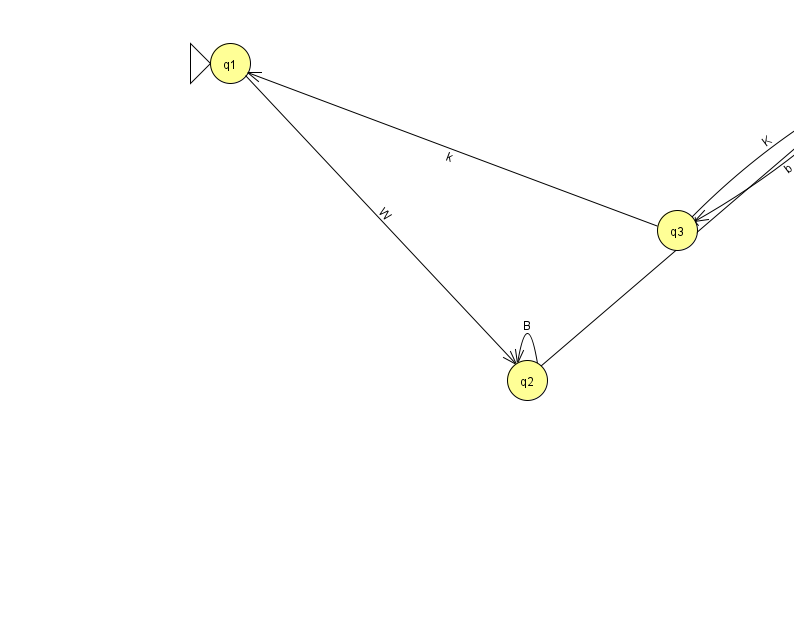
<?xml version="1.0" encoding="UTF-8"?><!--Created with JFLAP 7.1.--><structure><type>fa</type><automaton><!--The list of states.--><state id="0" name="q0"><x>878.0</x><y>67.0</y><final/></state><state id="1" name="q1"><x>230.0</x><y>50.0</y><initial/></state><state id="2" name="q2"><x>527.0</x><y>367.0</y></state><state id="3" name="q3"><x>677.0</x><y>217.0</y></state><!--The list of transitions.--><transition><from>3</from><to>1</to><read>k</read></transition><transition><from>0</from><to>3</to><read>b</read></transition><transition><from>2</from><to>2</to><read>B</read></transition><transition><from>3</from><to>0</to><read>K</read></transition><transition><from>1</from><to>2</to><read>W</read></transition><transition><from>2</from><to>0</to><read>Y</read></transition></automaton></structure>